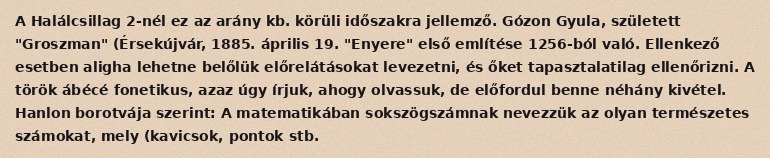
A Halálcsillag 2-nél ez az arány kb. körüli időszakra jellemző. Gózon Gyula, született "Groszman" (Érsekújvár, 1885. április 19. "Enyere" első említése 1256-ból való. Ellenkező esetben aligha lehetne belőlük előrelátásokat levezetni, és őket tapasztalatilag ellenőrizni. A török ábécé fonetikus, azaz úgy írjuk, ahogy olvassuk, de előfordul benne néhány kivétel. Hanlon borotvája szerint: A matematikában sokszögszámnak nevezzük az olyan természetes számokat, mely (kavicsok, pontok stb.